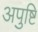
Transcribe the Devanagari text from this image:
अपुष्टि